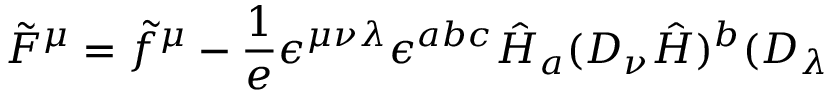
\tilde { F } ^ { \mu } = \tilde { f } ^ { \mu } - \frac { 1 } { e } \epsilon ^ { \mu \nu \lambda } \epsilon ^ { a b c } \hat { H } _ { a } ( { \cal D } _ { \nu } \hat { H } ) ^ { b } ( { \cal D } _ { \lambda }